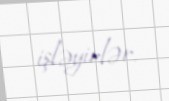
işləyirlər.